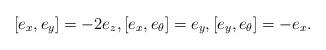
LaTeX: \begin{align*}[e_x,e_y]=-2e_z,[e_x,e_\theta]=e_y,[e_y,e_\theta]=-e_x. \end{align*}